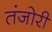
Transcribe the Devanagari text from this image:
तंजोरी